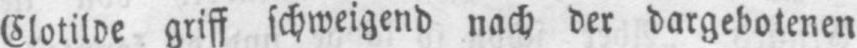
griff schweigend nach der dargebotenen